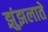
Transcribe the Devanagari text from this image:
झुंझलाते